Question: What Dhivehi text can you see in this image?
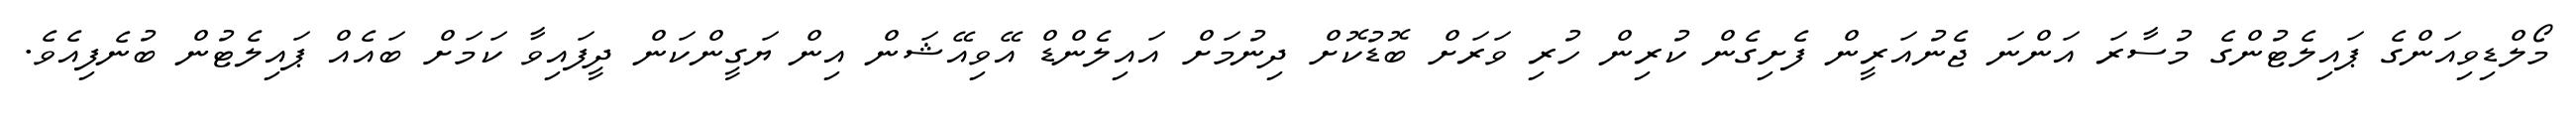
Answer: މޯލްޑިވިއަންގެ ޕައިލެޓުންގެ މުސާރަ އަންނަ ޖެނުއަރީން ފެށިގެން ކުރިން ހުރި ވަރަށް ބޮޑުކޮށް ދިނުމަށް އައިލެންޑް އޭވިއޭޝަން އިން ޔަގީންކަން ދީފައިވާ ކަމަށް ބައެއް ޕައިލެޓުން ބުނެފިއެވެ.